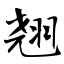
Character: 翘